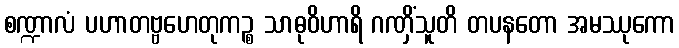
စဏ္ဍာလံ ပဟာတဗ္ဗဟေတုကဉ္စ သာဓုဝိဟာရိ ဂဏှိံသူတိ တပနတော အမဿုကော